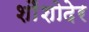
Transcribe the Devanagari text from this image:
शौंशोदेर